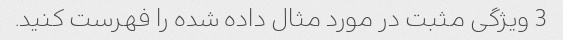
3 ویژگی مثبت در مورد مثال داده شده را فهرست کنید.